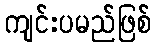
ကျင်းပမည်ဖြစ်